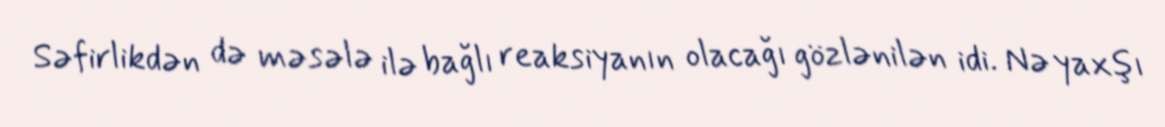
Səfirlikdən də məsələ ilə bağlı reaksiyanın olacağı gözlənilən idi. Nə yaxşı